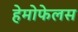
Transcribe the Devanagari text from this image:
हेमोफेलस